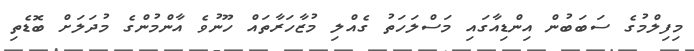
މިފިލްމުގެ ސަބަބުން އިންޑިއާގައި މަސްލަހަތު ގެއްލި މުޒާހަރާތައް ހޫނުވެ އާންމުންގެ މުދަލަށް ބޮޑެތި